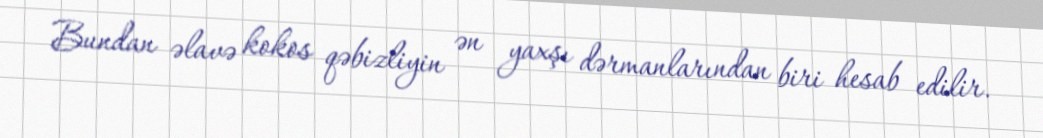
Bundan əlavə kokos qəbizliyin ən yaxşı dərmanlarından biri hesab edilir.